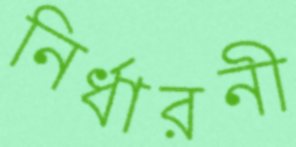
নির্ধারনী